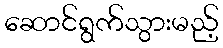
ဆောင်ရွက်သွားမည့်